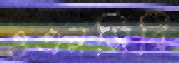
ওএনসিবি